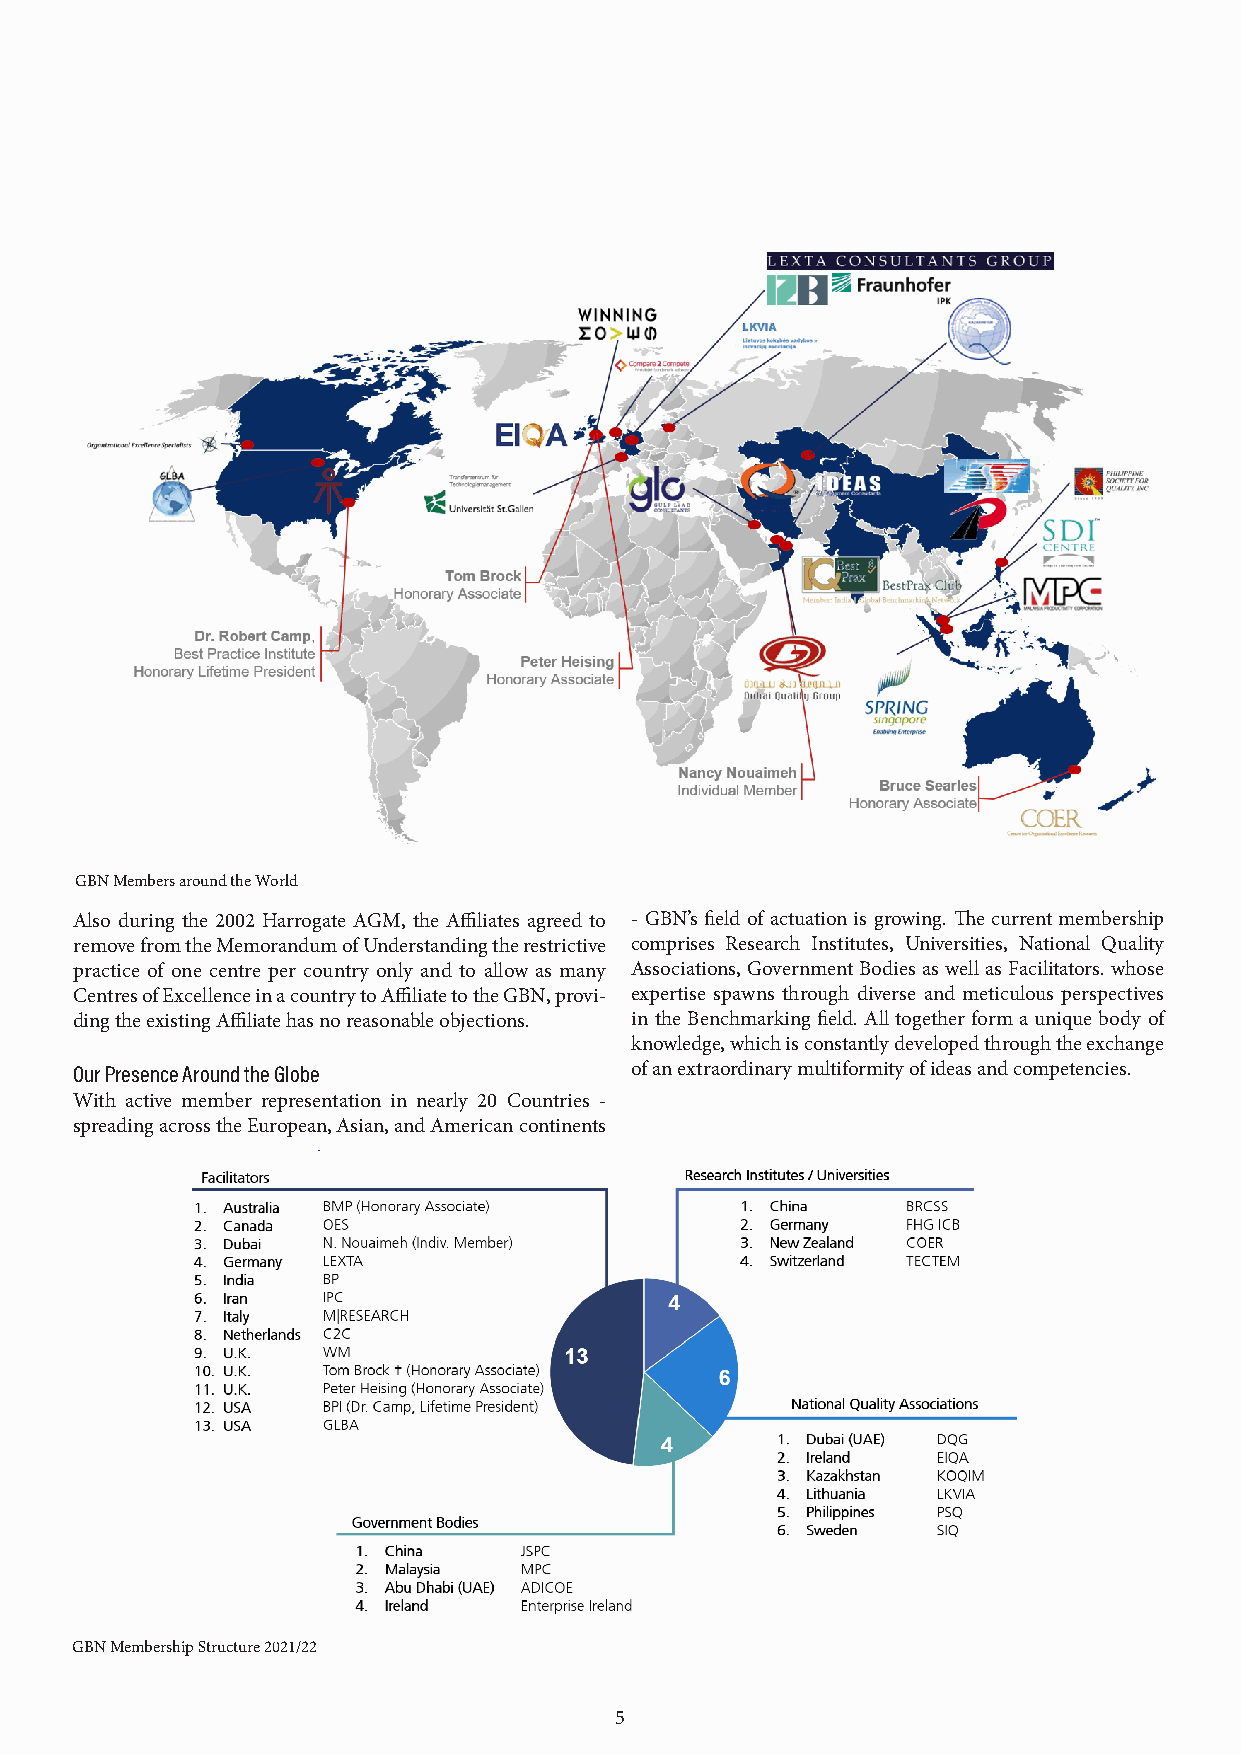
GBN Members around the World
 Also during the 2002 Harrogate AGM, the Affiliates agreed to - GBN’s field of actuation is growing. The current membership
 remove from the Memorandum of Understanding the restrictive comprises Research Institutes, Universities, National Quality
 practice of one centre per country only and to allow as many Associations, Government Bodies as well as Facilitators. whose
 Centres of Excellence in a country to Affiliate to the GBN, provi- expertise spawns through diverse and meticulous perspectives
 ding the existing Affiliate has no reasonable objections. in the Benchmarking field. All together form a unique body of
 knowledge, which is constantly developed through the exchange
 Our Presence Around the Globe        of an extraordinary multiformity of ideas and competencies.
 With active member representation in nearly 20 Countries -
 spreading across the European, Asian, and American continents
 GBN Membership Structure 2021/22
 5